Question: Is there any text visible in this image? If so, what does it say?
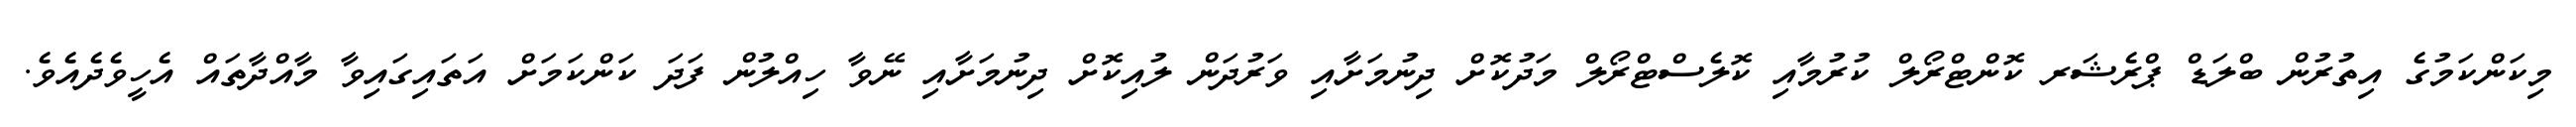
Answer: މިކަންކަމުގެ އިތުރުން ބްލަޑް ޕްރެޝަރ ކޮންޓްރޯލް ކުރުމާއި ކޮލެސްޓްރޯލް މަދުކޮށް ދިނުމަށާއި ވަރުދަން ލުއިކޮށް ދިނުމަށާއި ނޭވާ ހިއްލުން ފަދަ ކަންކަމަށް އަތައިގައިވާ މާއްދާތައް އެހީވެދެއެވެ.